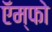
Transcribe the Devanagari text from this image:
ऍम्फो